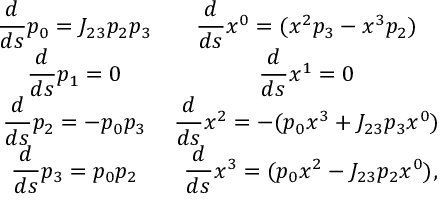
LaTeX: \begin{array} { c c } { { \displaystyle \frac { d } { d s } p _ { 0 } = J _ { 2 3 } p _ { 2 } p _ { 3 } } } & { { \displaystyle \frac { d } { d s } x ^ { 0 } = ( x ^ { 2 } p _ { 3 } - x ^ { 3 } p _ { 2 } ) \ } } \\ { { \displaystyle \frac { d } { d s } p _ { 1 } = 0 } } & { { \displaystyle \frac { d } { d s } x ^ { 1 } = 0 \ } } \\ { { \displaystyle \frac { d } { d s } p _ { 2 } = - p _ { 0 } p _ { 3 } } } & { { \displaystyle \frac { d } { d s } x ^ { 2 } = - ( p _ { 0 } x ^ { 3 } + J _ { 2 3 } p _ { 3 } x ^ { 0 } ) \ } } \\ { { \displaystyle \frac { d } { d s } p _ { 3 } = p _ { 0 } p _ { 2 } } } & { { \displaystyle \frac { d } { d s } x ^ { 3 } = ( p _ { 0 } x ^ { 2 } - J _ { 2 3 } p _ { 2 } x ^ { 0 } ) , } } \end{array}